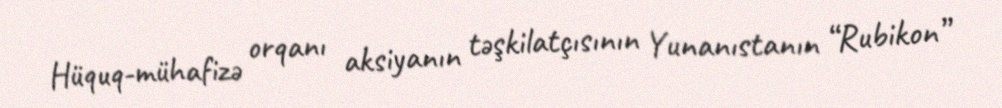
Hüquq-mühafizə orqanı aksiyanın təşkilatçısının Yunanıstanın “Rubikon”